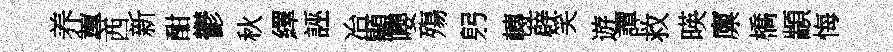
养蓴西新酣鬱秋繹誣冶顯嚶殤躬轉薜笑遊譚救暎廪橋顓悔